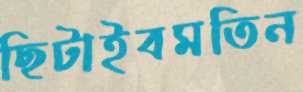
ছিটাইবমতিন